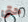
حتى